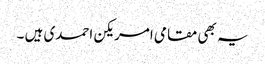
یہ بھی مقامی امریکن احمدی ہیں ۔